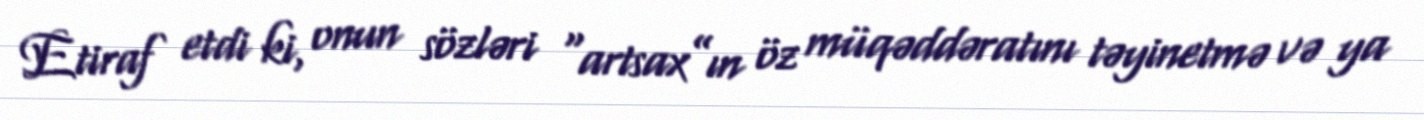
Etiraf etdi ki, onun sözləri “artsax”ın öz müqəddəratını təyinetmə və ya